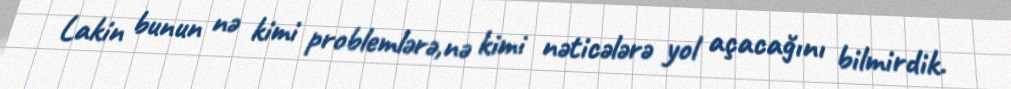
Lakin bunun nə kimi problemlərə,nə kimi nəticələrə yol açacağını bilmirdik.